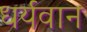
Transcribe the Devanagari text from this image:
धर्यवान